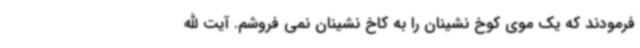
فرمودند که یک موی کوخ نشینان را به کاخ نشینان نمی فروشم. آیت الله